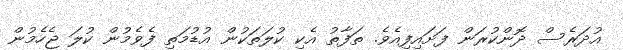
އުދަރެސް ދޮންކުރަން ފަށައިފިއެވެ. ތަފާތު އެކި ކުލަތަކުން އުޑުމަތި ފެވެމުން ކުލަ ޖެހެމުން